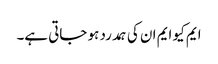
ایم کیو ایم ان کی ہمدرد ہو جاتی ہے۔